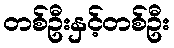
တစ်ဦးနှင့်တစ်ဦး